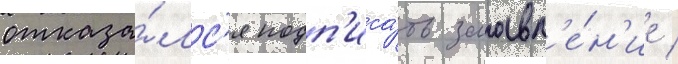
отказа́лс'я подп'иса́ть заавл'е́н'ие /